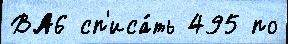
ВА6 сп'иса́ть 495 по